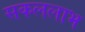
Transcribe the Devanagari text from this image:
सकललाभ